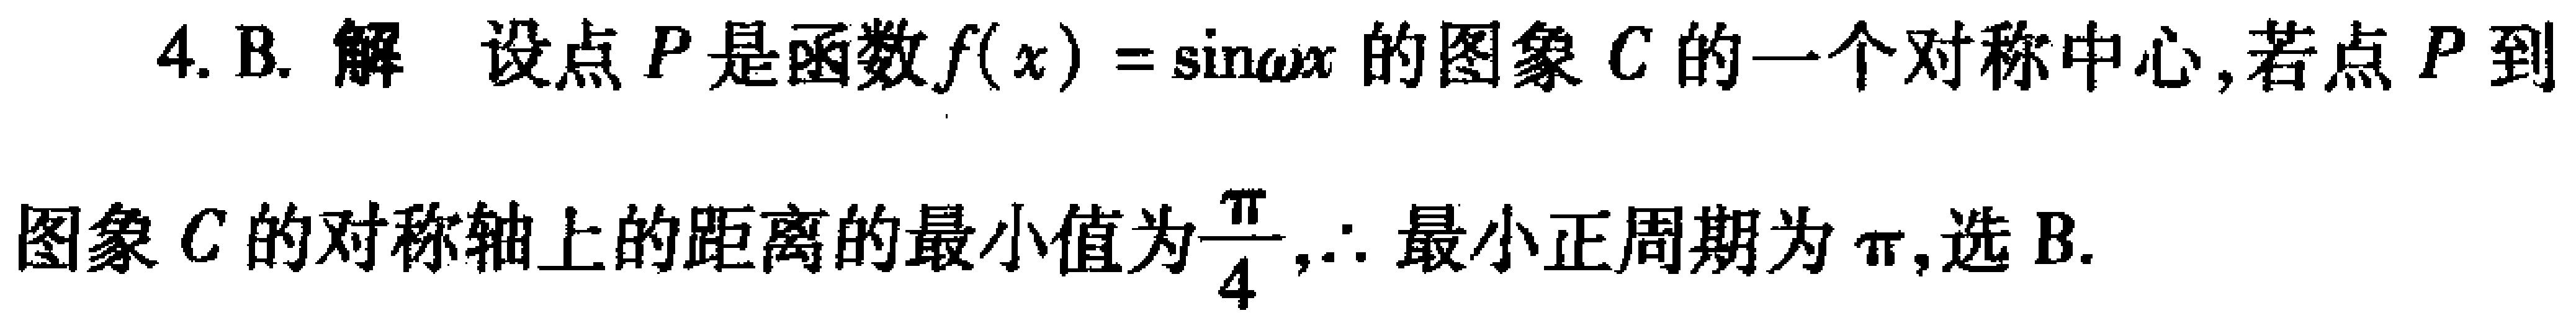
4. B. 解 设点\(P\)是函数\(f(x)=\sin\omega x\)的图象\(C\)的一个对称中心, 若点\(P\)到图象\(C\)的对称轴上的距离的最小值为\(\frac{\pi}{4},\therefore\)最小正周期为\(\pi\), 选 B.